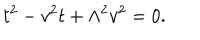
t ^ { 2 } - v ^ { 2 } t + \Lambda ^ { 2 } v ^ { 2 } = 0 .